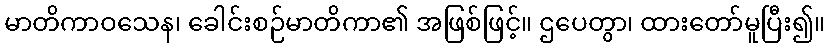
မာတိကာဝသေန၊ ခေါင်းစဉ်မာတိကာ၏ အဖြစ်ဖြင့်။ ဌပေတွာ၊ ထားတော်မူပြီး၍။